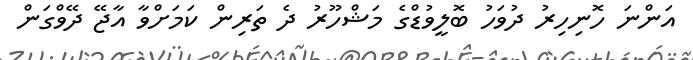
އަންނަ ހޮނިހިރު ދުވަހު ބޮލީވުޑްގެ މަޝްހޫރު ދެ ތަރިން ކަމަށްވާ އާޖޭ ދޭވްގަން